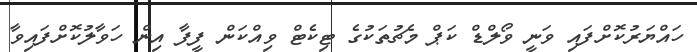
ހައްޔަރުކޮށްފައި ވަނީ ވޯލްޑް ކަޕް މެޗުތަކުގެ ޓިކެޓް ވިއްކަން ފީފާ އިން ހަވާލުކޮށްފައިވާ